Lunatic asylums Punjab 1911-1921 - 1911-1921
Year: 1911
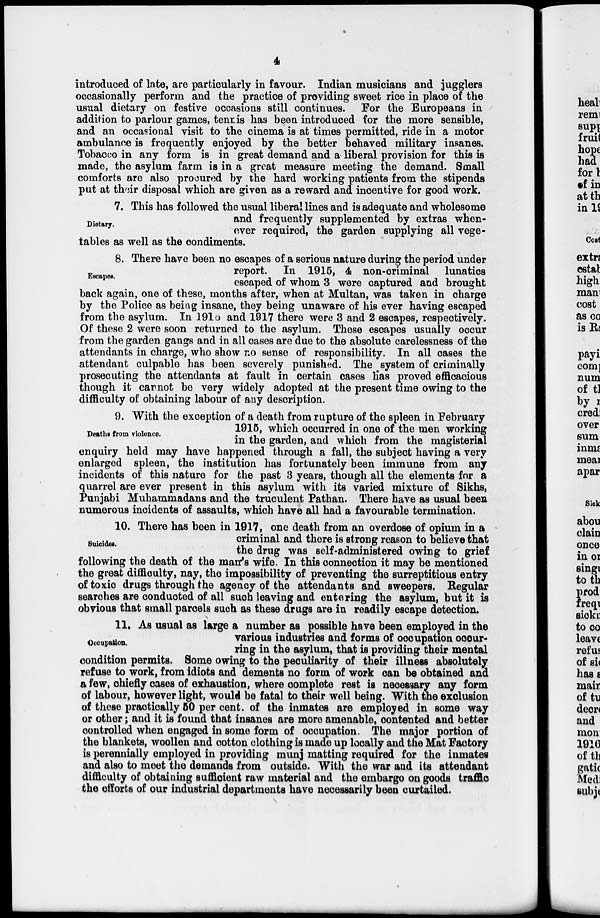
4
introduced of late, are particularly in favour. Indian musicians and jugglers
occasionally perform and the practice of providing sweet rice in place of the
usual dietary on festive occasions still continues. For the Europeans in
addition to parlour games, tennis has been introduced for the more sensible,
and an occasional visit to the cinema is at times permitted, ride in a motor
ambulance is frequently enjoyed by the better behaved military insanes.
Tobacco in any form is in great demand and a liberal provision for this is
made, the asylum farm is in a great measure meeting the demand. Small
comforts are also procured by the hard working patients from the stipends
put at their disposal which are given as a reward and incentive for good work.
Dietary.
7. This has followed the usual liberal lines and is adequate and wholesome
and frequently supplemented by extras when-
ever required, the garden supplying all vege-
tables as well as the condiments.
Escapes.
8. There have been no escapes of a serious nature during the period under
report. In 1915, 4 non-criminal lunatics
escaped of whom 3 were captured and brought
back again, one of these, months after, when at Multan, was taken in charge
by the Police as being insane, they being unaware of his ever having escaped
from the asylum. In 1910 and 1917 there were 3 and 2 escapes, respectively.
Of these 2 were soon returned to the asylum. These escapes usually occur
from the garden gangs and in all cases are due to the absolute carelessness of the
attendants in charge, who show no sense of responsibility. In all cases the
attendant culpable has been severely punished. The system of criminally
prosecuting the attendants at fault in certain cases has proved efficacious
though it cannot be very widely adopted at the present time owing to the
difficulty of obtaining labour of any description.
Deaths from violence.
9. With the exception of a death from rupture of the spleen in February
1915, which occurred in one of the men working
in the garden, and which from the magisterial
enquiry held may have happened through a fall, the subject having a very
enlarged spleen, the institution has fortunately been immune from any
incidents of this nature for the past 3 years, though all the elements for a
quarrel are ever present in this asylum with its varied mixture of Sikhs,
Punjabi Muhammadans and the truculent Pathan. There have as usual been
numerous incidents of assaults, which have all had a favourable termination.
Suicides.
10. There has been in 1917, one death from an overdose of opium in a
criminal and there is strong reason to believe that
the drug was self-administered owing to grief
following the death of the man's wife. In this connection it may be mentioned
the great difficulty, nay, the impossibility of preventing the surreptitious entry
of toxic drugs through the agency of the attendants and sweepers. Regular
searches are conducted of all such leaving and entering the asylum, but it is
obvious that small parcels such as these drugs are in readily escape detection.
Occupation.
11. As usual as large a number as possible have been employed in the
various industries and forms of occupation occur-
ring in the asylum, that is providing their mental
condition permits. Some owing to the peculiarity of their illness absolutely
refuse to work, from idiots and dements no form of work can be obtained and
a few, chiefly cases of exhaustion, where complete rest is necessary any form
of labour, however light, would be fatal to their well being. With the exclusion
of these practically 50 per cent. of the inmates are employed in some way
or other; and it is found that insanes are more amenable, contented and better
controlled when engaged in some form of occupation. The major portion of
the blankets, woollen and cotton clothing is made up locally and the Mat Factory
is perennially employed in providing munj matting required for the inmates
and also to meet the demands from outside. With the war and its attendant
difficulty of obtaining sufficient raw material and the embargo on goods traffic
the efforts of our industrial departments have necessarily been curtailed.